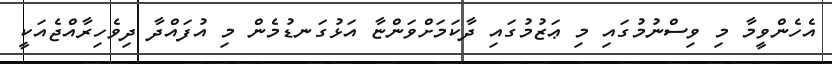
އެހެންވީމާ މި ވިސްނުމުގައި މި ޢަޒުމުގައި ދާކަމަށްވަންޏާ އަޅުގަނޑުމެން މި އުފައްދާ ދިވެހިރާއްޖެއަކީ